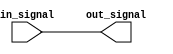
module io_buffer (
    input wire in_signal,
    output reg out_signal
);

assign out_signal = in_signal;

endmodule